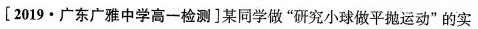
[2019·广东广雅中学高一检测]某同学做”研究小球做平抛运动”的实